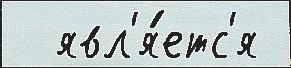
  явл'я́етс'я